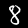
Label: 8